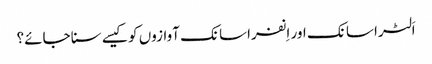
اَلٹرا سانک اور اِنفراسانک آوازوں کو کیسے سنا جائے؟